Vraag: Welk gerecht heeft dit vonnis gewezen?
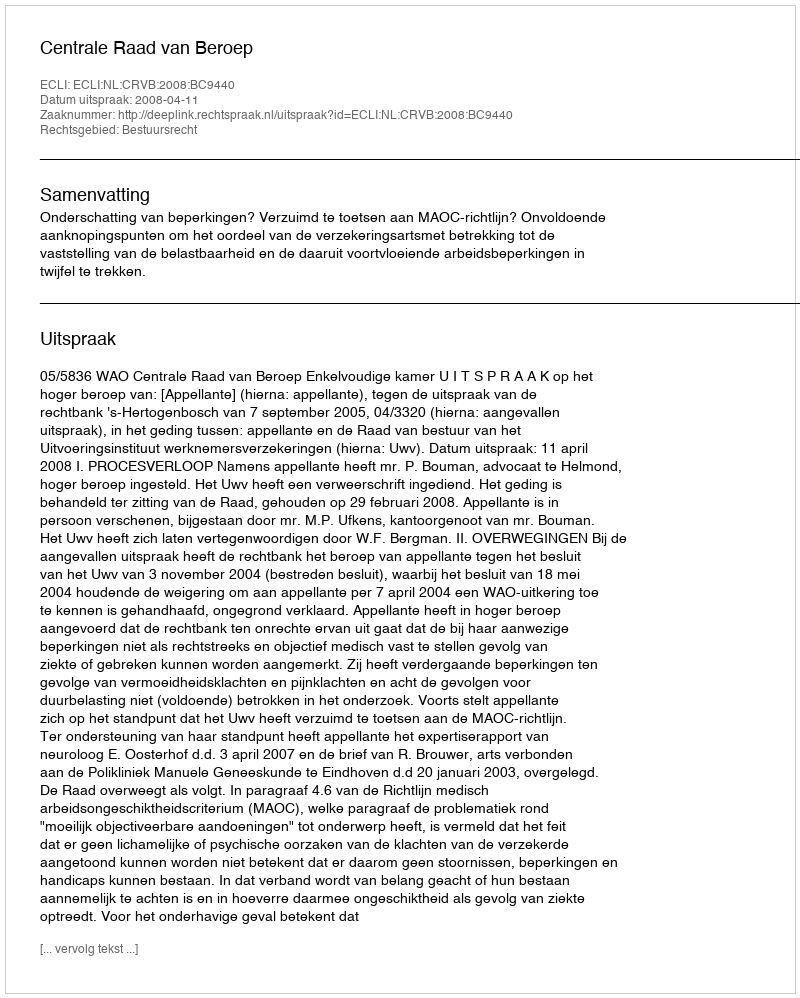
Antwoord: Centrale Raad van Beroep